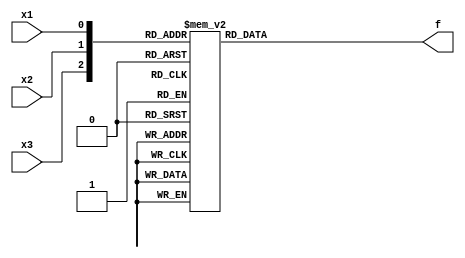
module top_module( 
    input x3,
    input x2,
    input x1,  // three inputs
    output f   // one output
);
    wire [2:0] tmp;
    assign tmp = {x3,x2,x1};
    always @(*) begin
        case(tmp)
            2,3,5,7: begin
                f = 1;
            end
            0,1,4,6: begin
                f = 0;
            end
        endcase
    end

endmodule